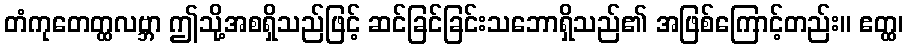
တံကုတေတ္ထလဗ္ဘာ ဤသို့အစရှိသည်ဖြင့် ဆင်ခြင်ခြင်းသဘောရှိသည်၏ အဖြစ်ကြောင့်တည်း။ ဧတ္ထ၊